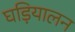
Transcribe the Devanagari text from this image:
घड़ियालन